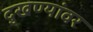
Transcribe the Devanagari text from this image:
दुखण्यांवर